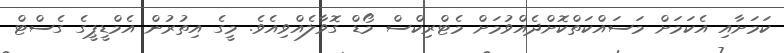
ކަމަށާއި އެކަމަށް މަސައްކަތްކޮށްދެއްވުމަށް މެޓްރިކްސް މޯޑް ގޮވާލެއްވިއެވެ. މީގެ އިތުރުން އެމްޑީޕީގެ ގެސްޓް